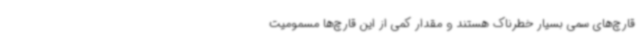
قارچ‌های سمی بسیار خطرناک هستند و مقدار کمی از این قارچ‌ها مسمومیت